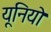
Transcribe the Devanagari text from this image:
यूनियो